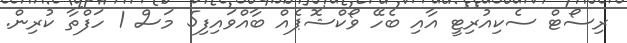
ރިސޯޓް ސެކިއުރިޓީ އާއި ބެހޭ ވޯކްޝޮޕެއް ބާއްވައިފި5 މަސް 1 ހަފްތާ ކުރިން.